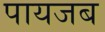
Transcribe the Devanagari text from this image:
पायजब